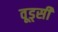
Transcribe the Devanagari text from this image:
वूड्सी